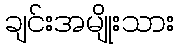
ချင်းအမျိုးသား